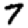
Digit: 7